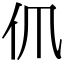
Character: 𠆰